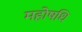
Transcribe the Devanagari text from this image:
महोषधि